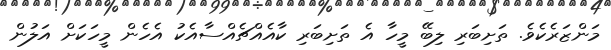
މަންޒަރެކެވެ. ތަށިބަރި ލިބޭ މީހާ އެ ތަށިބަރި ކާއެއްޗެއްސާއެކު އެހެން މީހަކަށް އަލުން